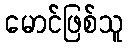
မောင်ဖြစ်သူ